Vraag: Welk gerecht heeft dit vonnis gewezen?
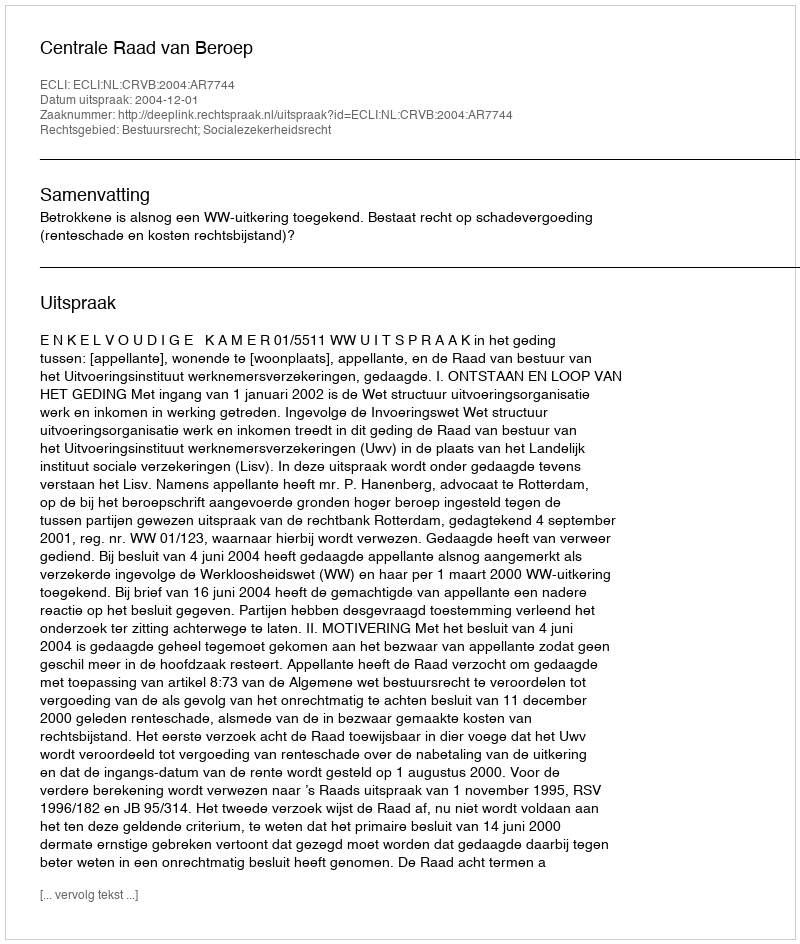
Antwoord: Centrale Raad van Beroep